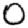
Digit: 0